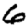
Digit: 6